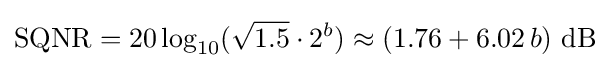
{\text{SQNR}}=20\log _{10}({\sqrt {1.5}}\cdot 2^{b})\approx (1.76+6.02\,b)\ {\text{dB}}